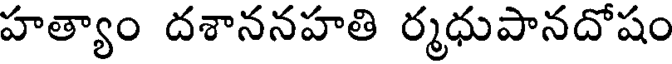
హత్యాం దశాననహతి ర్మధుపానదోషం